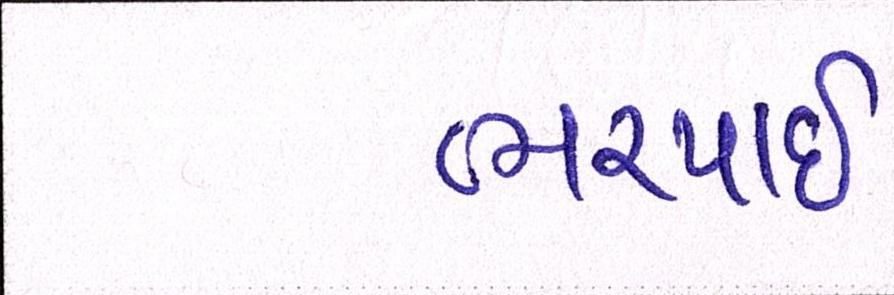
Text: ભરપાઈ